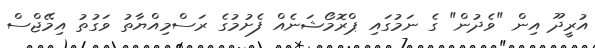
އުރީދޫ އިން "ވެދުން" ގެ ނަމުގައި ޕްރޮމޯޝަނެއް ފެށުމުގެ ރަސްމިއްޔާތު ވަގުތު އިމޭޖްސް